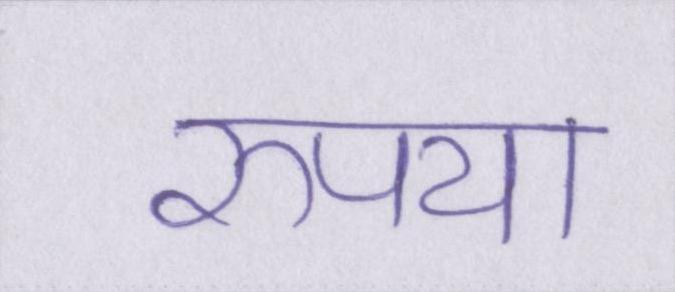
रुपया